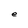
Character: e